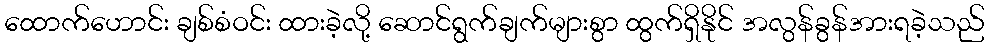
ထောက်ဟောင်း ချစ်စံဝင်း ထားခဲ့လို့ ဆောင်ရွက်ချက်များစွာ ထွက်ရှိနိုင် အလွန်ခွန်အားရခဲ့သည်